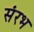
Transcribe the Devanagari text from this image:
संरभ